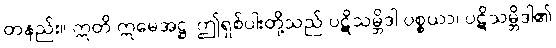
တနည်း။ ဣတိ ဣမေအဋ္ဌ၊ ဤရှစ်ပါးတို့သည် ပဋိသမ္ဘိဒါ ပစ္စယာ၊ ပဋိသမ္ဘိဒါ၏